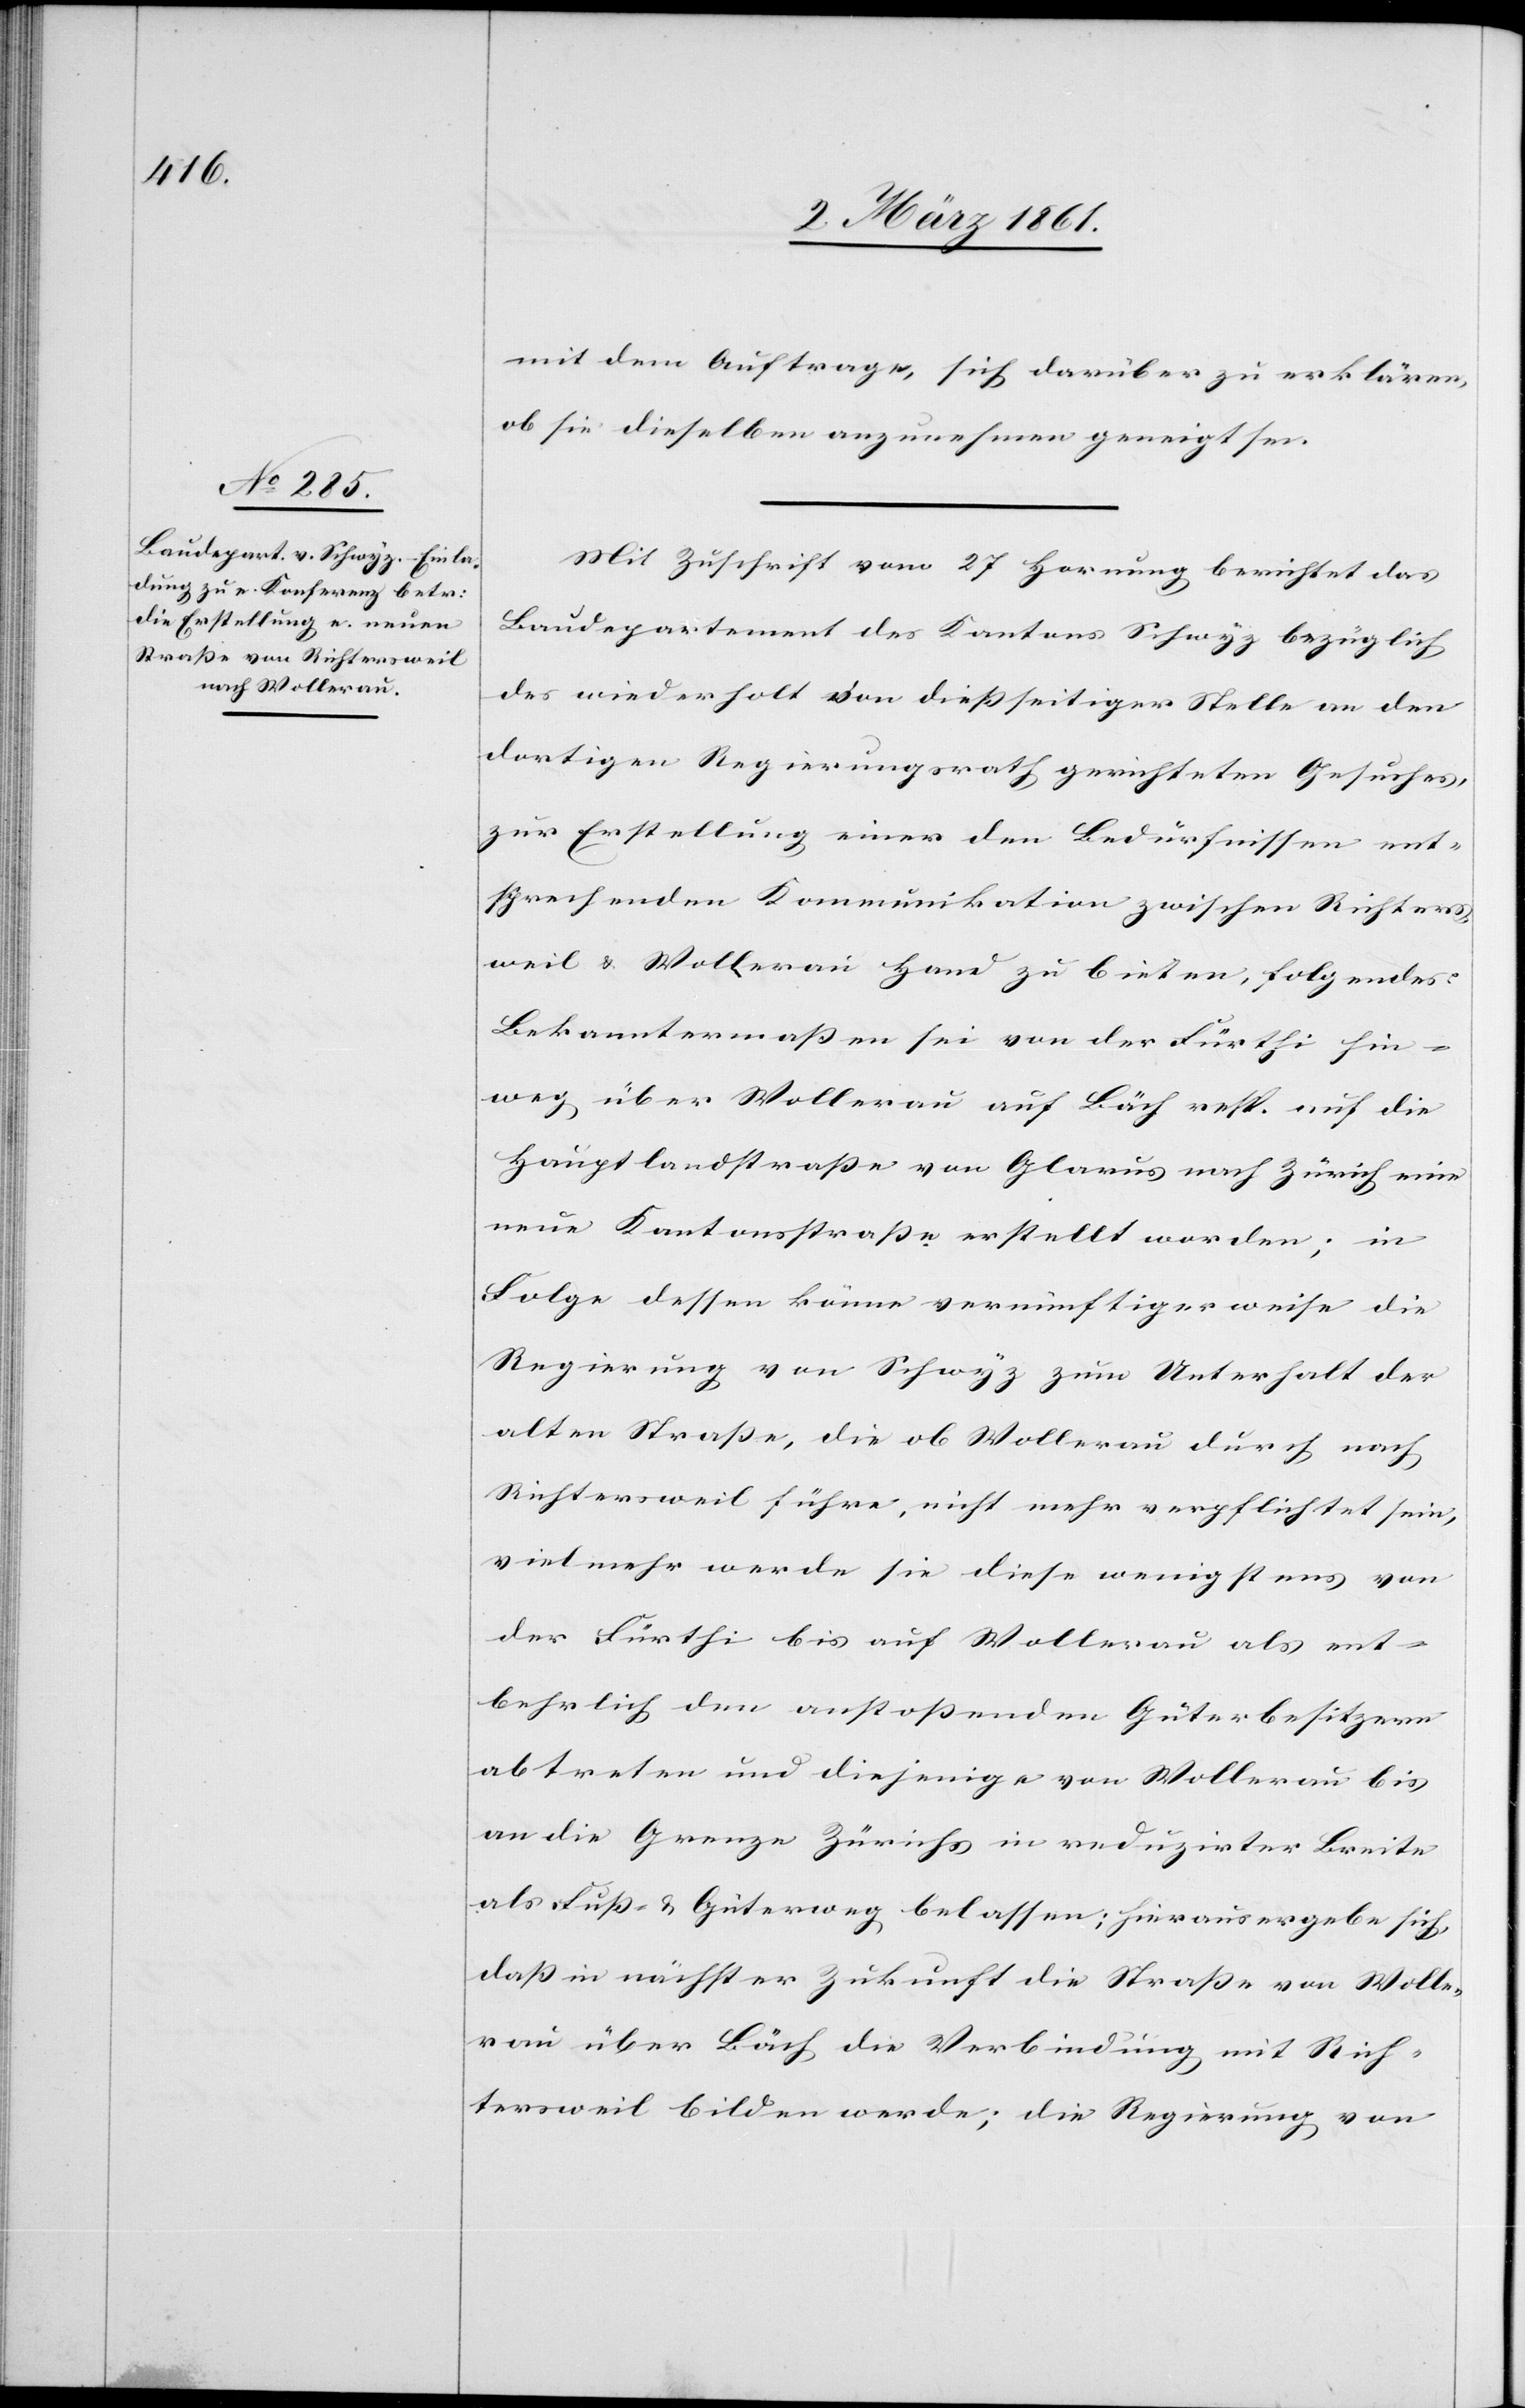
mit dem Auftrage, sich darüber zu erklären,
ob sie dieselben anzunehmen geneigt sei.
Mit Zuschrift vom 27 Hornung berichtet das
Baudepartement des Kantons Schwyz bezüglich
des wiederholt von diessseitiger Stelle an den
dortigen Regierungsrath gerichteten Gesuches,
zur Erstellung einer den Bedürfnissen ent¬
sprechenden Kommunikation zwischen Richters¬
weil u. Wollerau Hand zu bieten, folgendes:
Bekanntermassen sei von der Fürthi hin¬
weg über Wollerau auf Bäch resp. auf die
Hauptlandstrasse von Glarus nach Zürich eine
neue Kantonsstrasse erstellt werden; in
Folge dessen könne vernünftigerweise die
Regierung von Schwyz zum Unterhalt der
alten Strasse, die ob Wollerau durch nach
Richtersweil führe, nicht mehr verpflichtet sein,
vielmehr werde sie diese wenigstens von
der Fürthi bis auf Wollerau als ent¬
behrlich den anstossenden Güterbesitzern
abtreten und diejenige von Wollerau bis
an die Grenze Zürichs in reduzirter Breite
als Fuß- u. Güterweg belassen; hieraus ergebe sich,
dass in nächster Zukunft die Strasse von Wolle¬
rau über Bäch die Verbindung mit Rich¬
tersweil bilden werde; die Regierung von